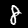
Label: 8